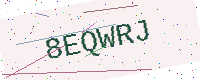
Text: 8EQWRJ